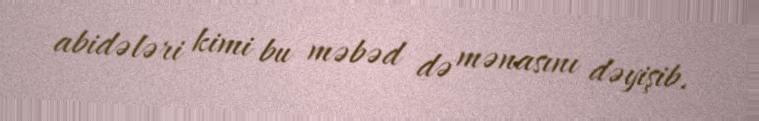
abidələri kimi bu məbəd də mənasını dəyişib.